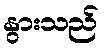
နွားသည်